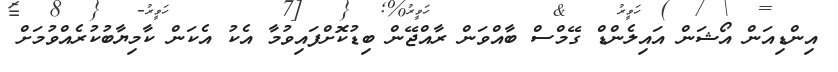
އިންޑިއަން އޯޝަން އައިލެންޑް ގޭމްސް ބާއްވަން ރާއްޖޭން ބިޑުކޮށްފައިވުމާ އެކު އެކަން ކާމިޔާބުކުރެއްވުމަށް